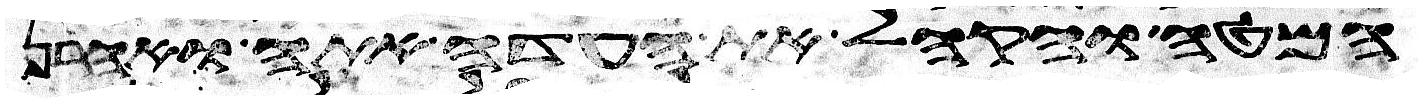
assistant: המטה והקהל את העדה אתה ואהרן